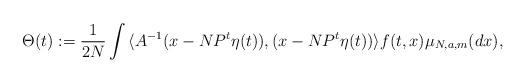
LaTeX: \begin{align*} \Theta(t) := \frac{1}{2N} \int{\langle A^{-1}(x - NP^t\eta(t)), (x - NP^t\eta(t)) \rangle f(t,x)\mu_{N,a,m}(dx)},\end{align*}